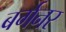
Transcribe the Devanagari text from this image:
बर्गनर